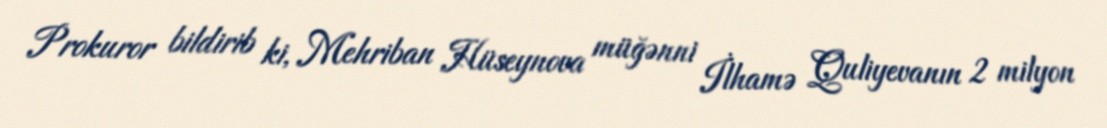
Prokuror bildirib ki, Mehriban Hüseynova müğənni İlhamə Quliyevanın 2 milyon